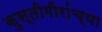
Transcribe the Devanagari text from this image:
कुस्तीगीरांच्या